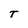
Character: T